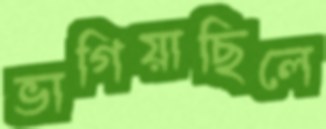
ভাগিয়াছিলে